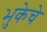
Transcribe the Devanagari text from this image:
भुकेचे